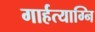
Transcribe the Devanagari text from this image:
गार्हत्याग्नि